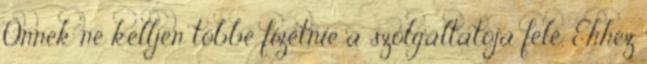
Önnek ne kelljen többé fizetnie a szolgáltatója felé. Ehhez